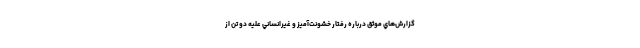
گزارش‌هاي موثق درباره رفتار خشونت‌آميز و غيرانساني عليه دو تن از